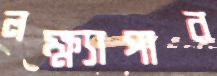
লক্ষ্যাপার